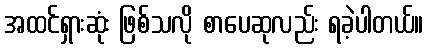
အထင်ရှားဆုံး ဖြစ်သလို စာပေဆုလည်း ရခဲ့ပါတယ်။